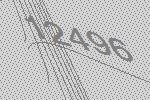
12496